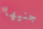
جنيها